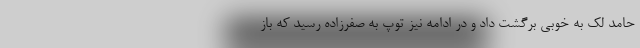
حامد لک به خوبی برگشت داد و در ادامه نیز توپ به صفرزاده رسید که باز